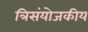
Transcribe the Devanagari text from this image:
त्रिसंयोजकीय